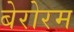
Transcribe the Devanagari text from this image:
बेरोरम